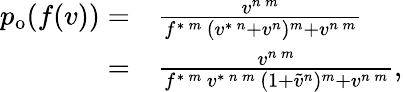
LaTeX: \begin{array}{rl}{p_{\mathrm{o}}(f(v))=}&{{}\frac{v^{n\, m}}{f^{\ast\, m}\, (v^{\ast\, n}+v^{n})^{m}+v^{n\, m}}}\\ {=}&{{}\frac{v^{n\, m}}{f^{\ast\, m}\, v^{\ast\, n\, m}\, (1+\tilde{v}^{n})^{m}+v^{n\, m}},}\end{array}